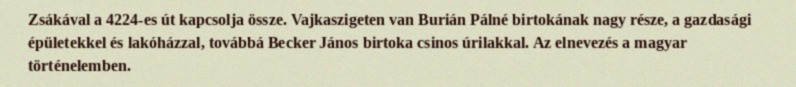
Zsákával a 4224-es út kapcsolja össze. Vajkaszigeten van Burián Pálné birtokának nagy része, a gazdasági épületekkel és lakóházzal, továbbá Becker János birtoka csinos úrilakkal. Az elnevezés a magyar történelemben.